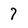
Character: 7